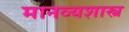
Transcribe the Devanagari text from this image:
मानव्यशास्त्र